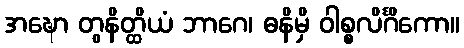
အဍ္ဎော တွနိတ္ထိယံ ဘာဂေ၊ ဓနိမှိ ဝါစ္စလိင်္ဂိကော။